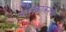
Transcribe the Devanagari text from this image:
पालकांकरवी